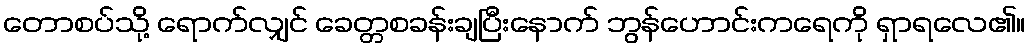
တောစပ်သို့ ရောက်လျှင် ခေတ္တစခန်းချပြီးနောက် ဘွန်ဟောင်းကရေကို ရှာရလေ၏။